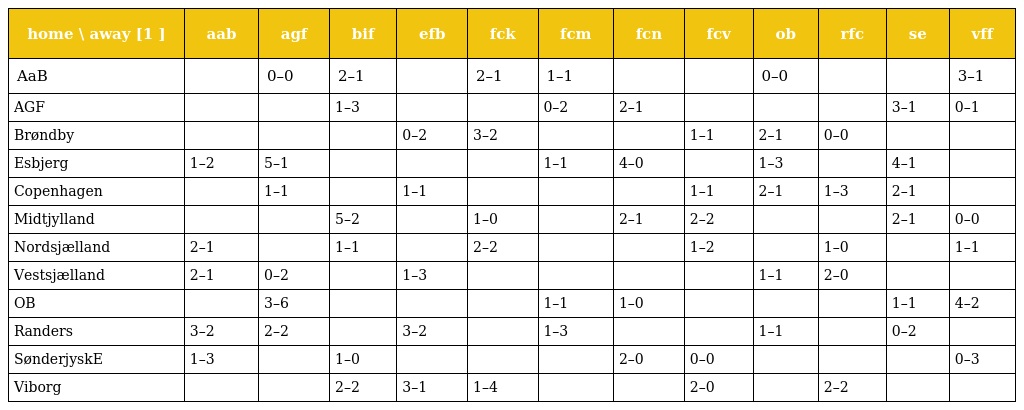
| home \ away [1 ] | aab | agf | bif | efb | fck | fcm | fcn | fcv | ob | rfc | se | vff |
 | --- | --- | --- | --- | --- | --- | --- | --- | --- | --- | --- | --- | --- |
 | AaB |  | 0–0 | 2–1 |  | 2–1 | 1–1 |  |  | 0–0 |  |  | 3–1 |
 | AGF |  |  | 1–3 |  |  | 0–2 | 2–1 |  |  |  | 3–1 | 0–1 |
 | Brøndby |  |  |  | 0–2 | 3–2 |  |  | 1–1 | 2–1 | 0–0 |  |  |
 | Esbjerg | 1–2 | 5–1 |  |  |  | 1–1 | 4–0 |  | 1–3 |  | 4–1 |  |
 | Copenhagen |  | 1–1 |  | 1–1 |  |  |  | 1–1 | 2–1 | 1–3 | 2–1 |  |
 | Midtjylland |  |  | 5–2 |  | 1–0 |  | 2–1 | 2–2 |  |  | 2–1 | 0–0 |
 | Nordsjælland | 2–1 |  | 1–1 |  | 2–2 |  |  | 1–2 |  | 1–0 |  | 1–1 |
 | Vestsjælland | 2–1 | 0–2 |  | 1–3 |  |  |  |  | 1–1 | 2–0 |  |  |
 | OB |  | 3–6 |  |  |  | 1–1 | 1–0 |  |  |  | 1–1 | 4–2 |
 | Randers | 3–2 | 2–2 |  | 3–2 |  | 1–3 |  |  | 1–1 |  | 0–2 |  |
 | SønderjyskE | 1–3 |  | 1–0 |  |  |  | 2–0 | 0–0 |  |  |  | 0–3 |
 | Viborg |  |  | 2–2 | 3–1 | 1–4 |  |  | 2–0 |  | 2–2 |  |  |